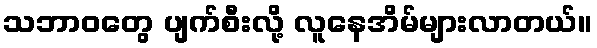
သဘာဝတွေ ပျက်စီးလို့ လူနေအိမ်များလာတယ်။